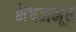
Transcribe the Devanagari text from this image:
भैषजभूत